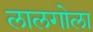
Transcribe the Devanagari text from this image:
लालगोला